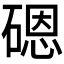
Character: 𱴨